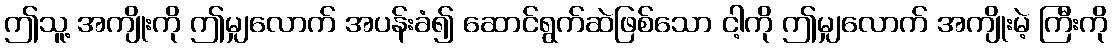
ဤသူ့ အကျိုးကို ဤမျှလောက် အပန်းခံ၍ ဆောင်ရွက်ဆဲဖြစ်သော ငါ့ကို ဤမျှလောက် အကျိုးမဲ့ ကြီးကို